Report on the administration of the Government Cinchona Department 1892-98
Year: 1892
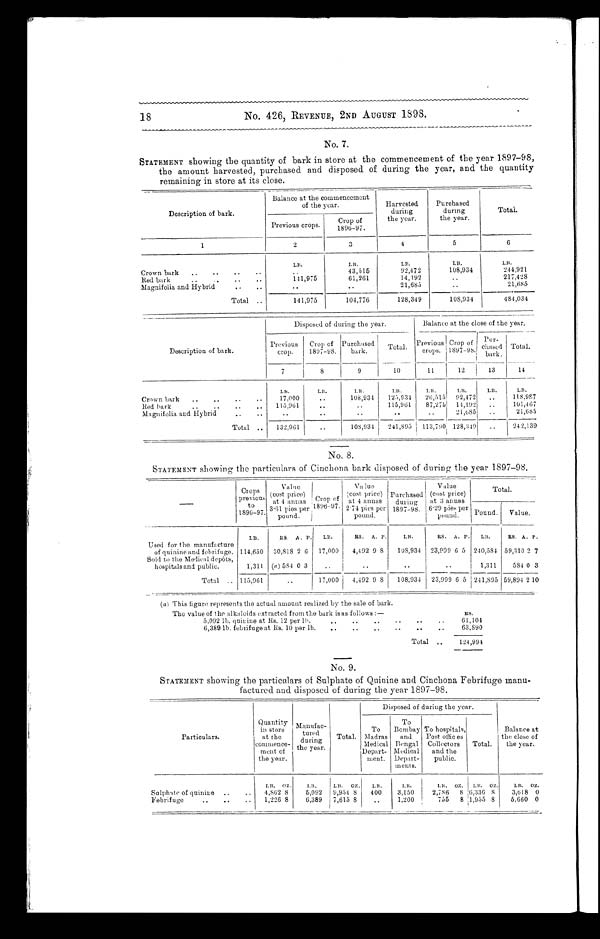
RS.
61,104
63,890
No. 426, REVENUE, 2ND AUGUST 1898.
No. 7.
STATEMENT showing the quantity of bark in store at the commencement of the year 1897-98,
the amount harvested, purchased and disposed of during the year, and the quantity
remaining in store at its close.
Description of bark.
Balance at the commencement
of the year.
Harvested
during
the year.
Purchased
during
the year.
Total.
Previous crops.
Crop of
1896_97.
1
2
3
4
5
6
LB.
L B .
LB.
LB.
LB.
Crown bark
..
..
.
..
43,515
92,472
108,934
244,921
Red bark..
61,261
14,192
..
217,428
Magnifolia and Hybrid..
..
..
.
21,685
..
21,685
Total ..
141,975
104,776
128,349
108,934
484,034
Description of bark.
Disposed of during the year.
Balance at the close of the year.
Previous
crop.
Crop of
1897-98.
Purchased
bark.
Total.
Previous
crops.
Crop of
1897-98.
P u r -
c h a s e d b a r k .
Total.
7
8
9
10
11
12
13
14
LB.
LB.
LB.
LB.
LB.
LB.
LB.
LB.
Crown bark
..
..
..
..
17,000
108,934
125,931
26,515
92,472
..
118,987
Red hark
..
..
..
..
115,961
..
115,961
87,275 14,192
..
101,467
Magnifolia and Hybrid
..
..
..
..
..
21,685
..
21,6,85
Total ..
132,961
..
108,934
241,895
113,790 128,349
..
242,139
No. 8.
STATEMENT showing the particulars of Cinchona bark disposed of during the year 1897-98.
Crops
pre V iOUs
to
1896-97.
Value
(cost price)
at 4 annas
3.. 6 1 p i e s p e r
pound.
Crop of
1896-97.
Value
(cost price)
at 4 annas
2.. 7 4 p i e s p e r
pound.
Purchased
during
1897-98.
Value
(cost price)
at 3 annas
6 . 29 pies per
pound.
Total.
Pound.
Value.
LB.
RS. A. P.
LB.
RS.
A. P.
LB.
RS. A. P.
LB.
RS. A. P.
Used for the manufacture
of quinine and febrifuge.
Bold to the Medical depots,
114,650 30,818 2 6
17,000
4,492 9 8
108,934 23,999 6 5 240,584 59,310 2 7
hospitals and public.
1,311 ( a ) 584 0 3
..
..
..
..
1,311
584 0 3
Total .. 115,961
..
17,000
4,492 9
8 108,934
2 3,999 6 5 241,895 59,894 2 10
(a) This figure represents the actual amount realized by the sale of bark.
The value of the alkaloids extracted from the bark is as follows :-
5,092 lb. quinine at Rs. 12 per lb.
6,389 lb. febrifuge at Rs. 10 per lb.
Total
124,994
No. 9.
STATEMENT showing the particulars of Sulphate of Quinine and Cinchona Febrifuge manu-
factured and disposed of during the year 1897-98.
Particulars.
Quantity
in store
at the
commence-
ment of
the year.
Manufac-
tured
d u r i n
t h e y e a r
Total.
Disposed of during the year.
Balance at
the close of
the year.
To
Madras
Medical
Depart-
ment.
To
Bombay
and
Bengal
Medical
Depart-
ments.
To hospitals,
Post offices
Collectors
and the
public.
Total.
LB. OZ.
LB.
LB.
OZ.
LB.
LB.
L B .
OZ.
LB. 0Z.
LB. Oz.
Sulphate of quinine ..
..
4,862 8
5,092
9,954 8
400
3,150
2,786
8 6,336
8
3,618 0
Febrifuge
..
..
..
1,226 8
6,389
7,615 8
..
1,200
755
8 1,955 8
5,660 0
18